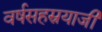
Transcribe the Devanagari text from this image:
वर्षसहस्रयाजी